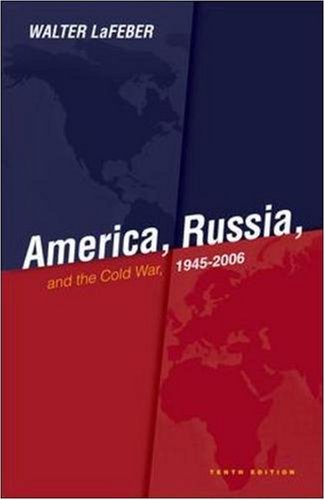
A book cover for America, Russia and the Cold War 1945-2006; Walter LaFeber; History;